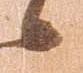
之